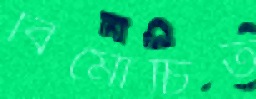
বিমোচিত